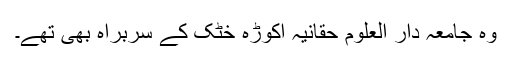
وہ جامعہ دار العلوم حقانیہ اکوڑہ خٹک کے سربراہ بھی تھے۔